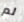
لم